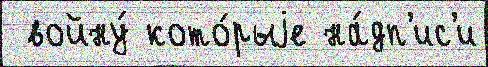
 войну́ кото́рыjе на́дп'ис'и